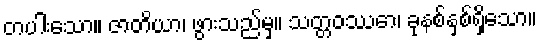
တပါးသော။ ဇာတိယာ၊ ဖွားသည်မှ။ သတ္တဝဿော၊ ခုနစ်နှစ်ရှိသော။